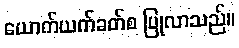
ယောက်ယက်ခတ်စ ပြုလာသည်။